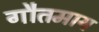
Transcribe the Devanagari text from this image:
गौतमाय